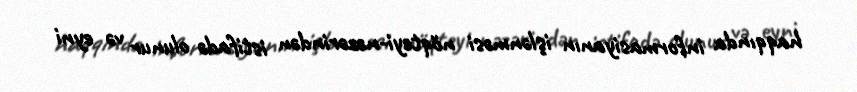
haqqında informasiyanın işlənməsi nöqteyi-nəzərindən istifadə olunur və eyni